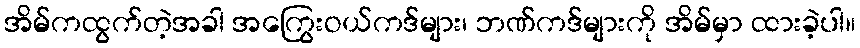
အိမ်ကထွက်တဲ့အခါ အကြွေးဝယ်ကဒ်များ၊ ဘဏ်ကဒ်များကို အိမ်မှာ ထားခဲ့ပါ။